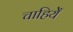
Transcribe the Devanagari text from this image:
चाहियेँ